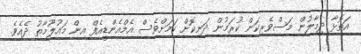
އަތޮޅާ ދިމާލުން މަސްވެރިކަން ކުރަމުން ދަނިކޮށް ކަމަށްވެސް އެމްއެންޑީއެފް އިން މައުލޫމާތު ދެއެވެ.